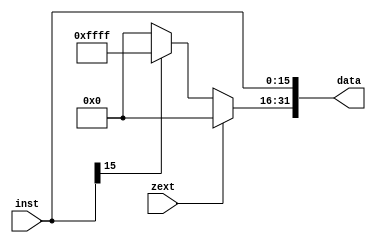
`timescale 1ns / 1ps
//////////////////////////////////////////////////////////////////////////////////
// Company: 
// Engineer: 
// 
// Design Name: 
// Module Name: signext
// Project Name: 
// Target Devices: 
// Tool Versions: 
// Description: 
// 
// Dependencies: 
// 
// Revision:
// Revision 0.01 - File Created
// Additional Comments:
// 
//////////////////////////////////////////////////////////////////////////////////


module signext(
    input [15:0] inst,
    output reg [31:0] data,
    input zext
    );
   
    always @(inst)
    begin
    if(zext)
    begin
        data = 32'b00000000000000000000000000000000;
        data[15:0] = inst;
    end
    else begin
        if(inst[15:15] == 1'b0)
            begin
                data = 32'b00000000000000000000000000000000;
                data[15:0] = inst;
            end
        else
            begin
                data = 32'b11111111111111111111111111111111;
                data[15:0] = inst;
            end
    end
    end
endmodule